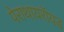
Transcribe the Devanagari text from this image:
पेराथायरॉयड